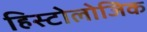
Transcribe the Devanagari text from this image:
हिस्टोलोजिक